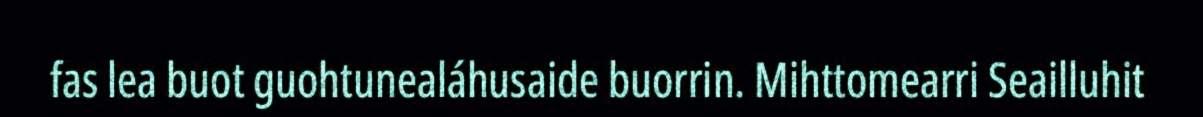
fas lea buot guohtunealáhusaide buorrin. Mihttomearri Seailluhit